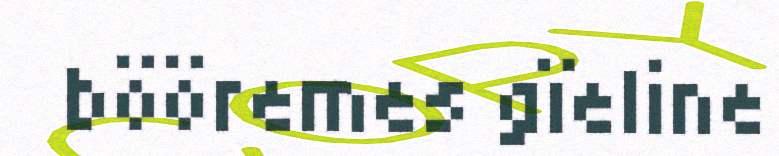
bööremes gïeline